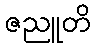
ဇညူတိ